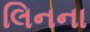
લિનના